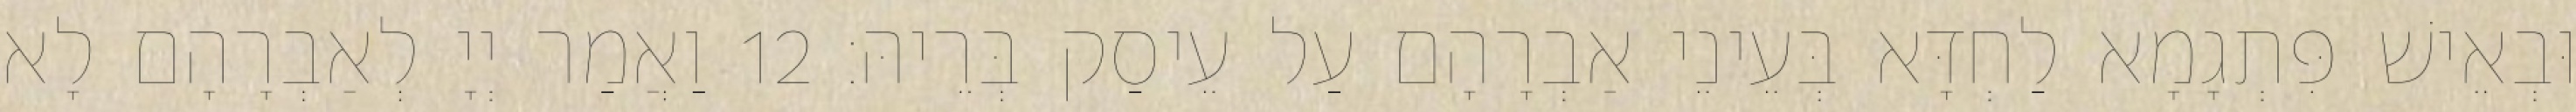
וּבְאֵישׁ פִּתְגָמָא לַחְדָּא בְּעֵינֵי אַבְרָהָם עַל עֵיסַק בְּרֵיהּ׃ 12 וַאֲמַר יְיָ לְאַבְרָהָם לָא